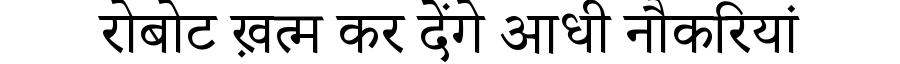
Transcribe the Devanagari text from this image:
रोबोट ख़त्म कर देंगे आधी नौकरियां